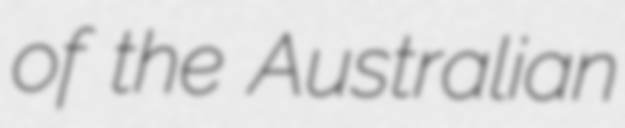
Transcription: of the Australian